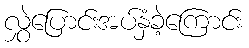
လွှဲပြောင်းအပ်နှံခဲ့ကြောင်း